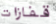
قفازات